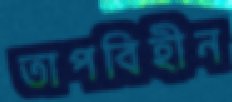
তাপবিহীন